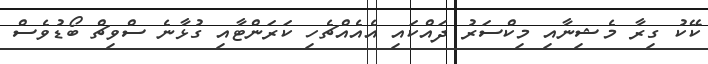
ކޭކު ގިރާ މެޝިނާއި މިކްސަރު ދައްކައި އެއެއްޗެހި ކަރަންޓާއި ގުޅާނެ ސްވިޗް ބޯޑުވެސް